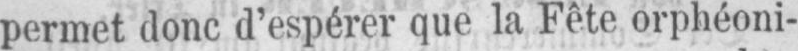
permet donc d’espérer que la Fête orphéoni-